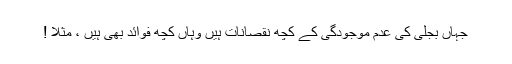
جہاں بجلی کی عدم موجودگی کے کچھ نقصانات ہیں وہاں کچھ فوائد بھی ہیں ، مثلاً !